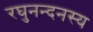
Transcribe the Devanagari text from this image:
रघुनन्दनस्य